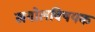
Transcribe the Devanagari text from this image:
खगोलविषयक